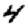
Digit: 4